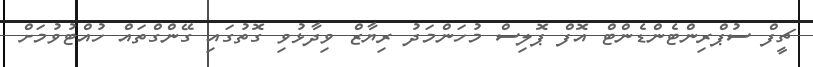
ޗީފް ސުޕްރިންޓެންޑެންޓް އޮފް ޕޮލިސް މުހަންމަދު ރިޔާޒް ވިދާޅުވި ގޮތުގައި ގޭންގްތައް ހުއްޓުވުމަށް